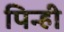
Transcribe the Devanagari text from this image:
पिन्ही